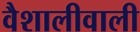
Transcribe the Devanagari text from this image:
वैशालीवाली